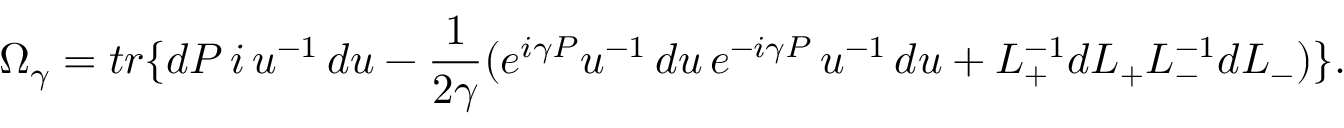
\Omega _ { \gamma } = t r \{ d P \, i \, u ^ { - 1 } \, d u - \frac { 1 } { 2 \gamma } ( e ^ { i \gamma P } u ^ { - 1 } \, d u \, e ^ { - i \gamma P } \, u ^ { - 1 } \, d u + L _ { + } ^ { - 1 } d L _ { + } L _ { - } ^ { - 1 } d L _ { - } ) \} .